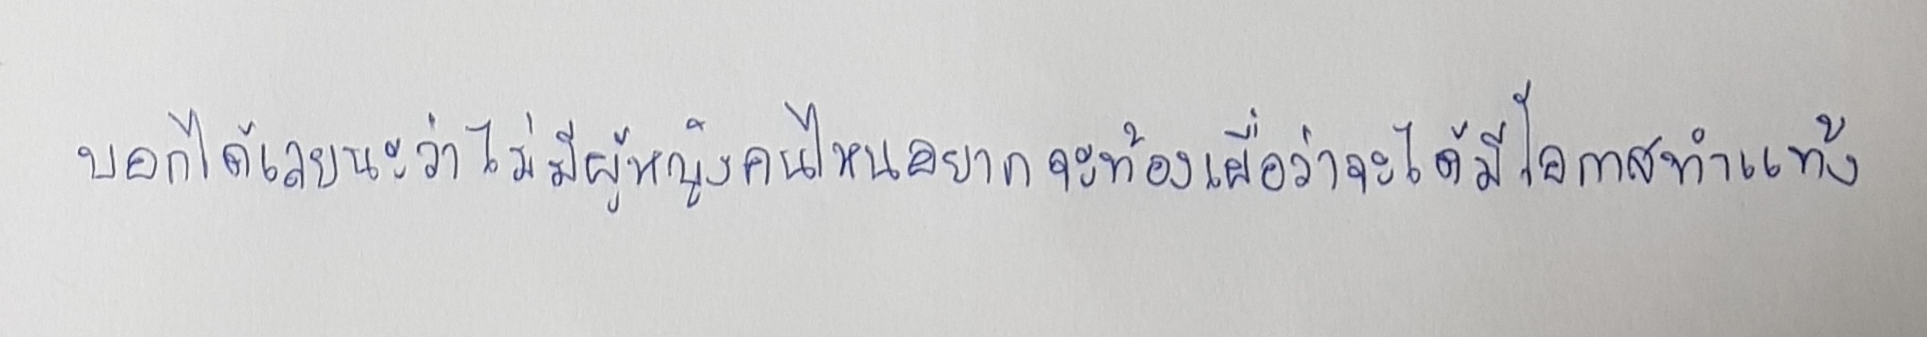
บอกได้เลยนะว่าไม่มีผู้หญิงคนไหนอยากจะท้องเผื่อว่าจะได้มีโอกาสทำแท้ง